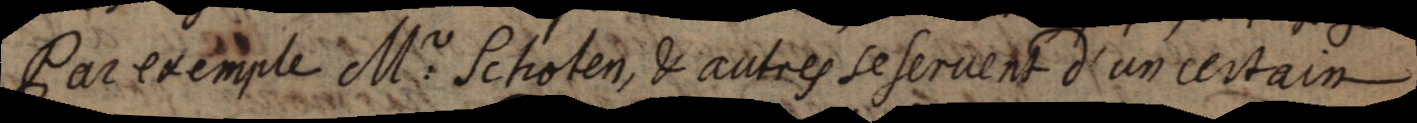
Par exemple M. Schoten, & autres se servent d’un certain